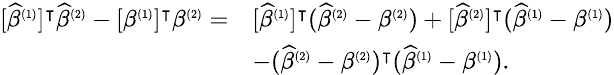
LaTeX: \small\begin{array}{rl}{[\widehat{\beta}^{\scriptscriptstyle(1)}]^{\intercal}\widehat{\beta}^{\scriptscriptstyle(2)}-[\beta^{\scriptscriptstyle(1)}]^{\intercal}\beta^{\scriptscriptstyle(2)}=}&{[\widehat{\beta}^{\scriptscriptstyle(1)}]^{\intercal}(\widehat{\beta}^{\scriptscriptstyle(2)}-\beta^{\scriptscriptstyle(2)})+[\widehat{\beta}^{\scriptscriptstyle(2)}]^{\intercal}(\widehat{\beta}^{\scriptscriptstyle(1)}-\beta^{\scriptscriptstyle(1)})}\\ &{-(\widehat{\beta}^{\scriptscriptstyle(2)}-\beta^{\scriptscriptstyle(2)})^{\intercal}(\widehat{\beta}^{\scriptscriptstyle(1)}-\beta^{\scriptscriptstyle(1)}).}\end{array}